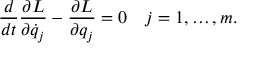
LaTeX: { \frac { d } { d t } } { \frac { \partial L } { \partial { \dot { q } } _ { j } } } - { \frac { \partial L } { \partial q _ { j } } } = 0 \quad j = 1 , \ldots , m .